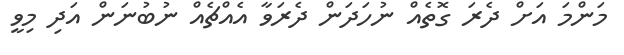
މަންމަ އަށް ދެރަ ގޮތެއް ނުހަދަން ދެރަވާ އެއްޗެއް ނުބުނަން އަދި މިވީ